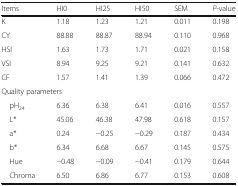
| Items | HI0 | HI25 | HI50 | SEM | P-value |
 | --- | --- | --- | --- | --- | --- |
 | K | 1.18 | 1.23 | 1.21 | 0.011 | 0.198 |
 | CY | 88.88 | 88.87 | 88.94 | 0.110 | 0.968 |
 | HSI | 1.63 | 1.73 | 1.71 | 0.021 | 0.158 |
 | VSI | 8.94 | 9.25 | 9.21 | 0.141 | 0.632 |
 | CF | 1.57 | 1.41 | 1.39 | 0.066 | 0.472 |
 | <COLSPAN=6> Quality parameters |
 | pH24 | 6.36 | 6.38 | 6.41 | 0.016 | 0.557 |
 | L* | 45.06 | 46.38 | 47.98 | 0.618 | 0.157 |
 | a* | 0.24 | −0.25 | −0.29 | 0.187 | 0.434 |
 | b* | 6.34 | 6.68 | 6.67 | 0.145 | 0.575 |
 | Hue | −0.48 | −0.09 | −0.41 | 0.179 | 0.644 |
 | Chroma | 6.50 | 6.86 | 6.77 | 0.153 | 0.608 |